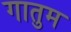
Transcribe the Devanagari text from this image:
गातुम